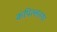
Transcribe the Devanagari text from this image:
कंपिल्लनगर